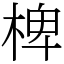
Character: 椑